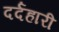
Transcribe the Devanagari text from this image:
दर्दहारी